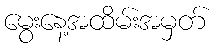
မွေးနေ့အထိမ်းအမှတ်